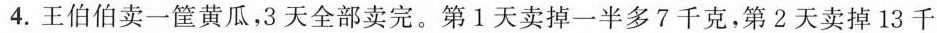
4.王伯伯卖一筐黄瓜，3天全部卖完。第1天卖掉一半多7千克，第2天卖掉13千